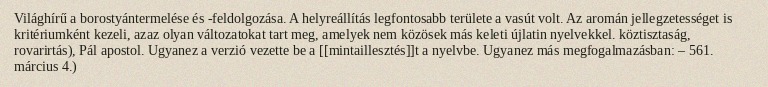
Világhírű a borostyántermelése és -feldolgozása. A helyreállítás legfontosabb területe a vasút volt. Az aromán jellegzetességet is kritériumként kezeli, azaz olyan változatokat tart meg, amelyek nem közösek más keleti újlatin nyelvekkel. köztisztaság, rovarirtás), Pál apostol. Ugyanez a verzió vezette be a [[mintaillesztés]]t a nyelvbe. Ugyanez más megfogalmazásban: – 561. március 4.)